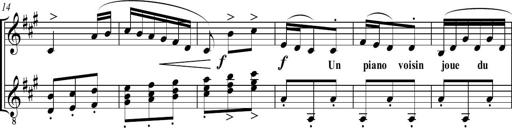
Title: Sonatine bureaucratique
Composer: Erik Satie